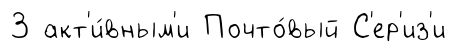
3 акт'и́вным'и Почто́вый С'ер'из'и